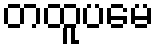
တထူပမေ